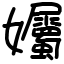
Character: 孎